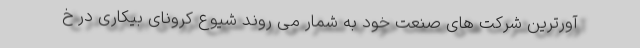
آورترین شرکت های صنعت خود به شمار می روند شیوع کرونای بیکاری در خ